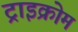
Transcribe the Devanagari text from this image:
ट्राइक्रोम